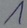
Text: 1